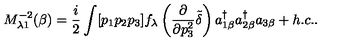
M _ { \lambda 1 } ^ { - 2 } ( \beta ) = \frac { i } { 2 } \int [ p _ { 1 } p _ { 2 } p _ { 3 } ] f _ { \lambda } \left( \frac { \partial } { \partial p _ { 3 } ^ { 2 } } \tilde { \delta } \right) a _ { 1 \beta } ^ { \dagger } a _ { 2 \beta } ^ { \dagger } a _ { 3 \beta } + h . c . .